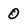
Character: 0